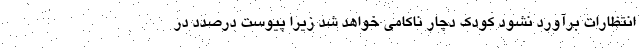
انتظارات برآورد نشود کودک دچار ناکامی خواهد شد زیرا پیوست درصدد در